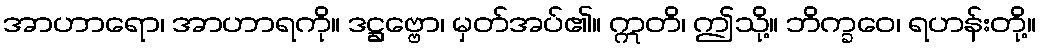
အာဟာရော၊ အာဟာရကို။ ဒဋ္ဌဗ္ဗော၊ မှတ်အပ်၏။ ဣတိ၊ ဤသို့။ ဘိက္ခဝေ၊ ရဟန်းတို့။